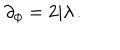
LaTeX: \partial _ { \phi } = 2 \mathrm { i } \lambda \, .